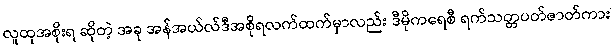
လူထုအစိုးရ ဆိုတဲ့ အခု အန်အယ်လ်ဒီအစိုရလက်ထက်မှာလည်း ဒီမိုကရေစီ ရက်သတ္တပတ်ဇာတ်ကား